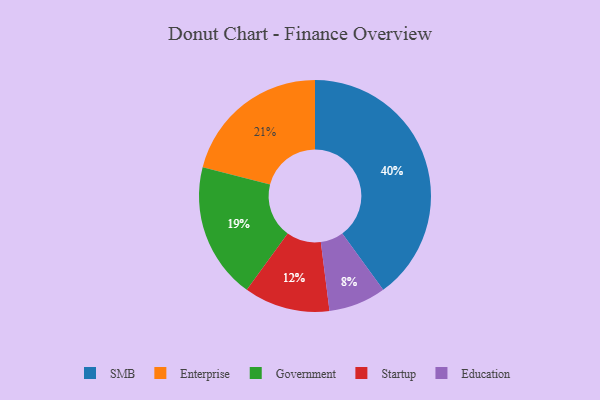
{"axis": {"x": "Category", "y": "Percentage"}, "legend": ["Education", "Enterprise", "Government", "SMB", "Startup"], "data": [{"x": "Government", "y": 19, "type": "Government"}, {"x": "Education", "y": 8, "type": "Education"}, {"x": "SMB", "y": 40, "type": "SMB"}, {"x": "Enterprise", "y": 21, "type": "Enterprise"}, {"x": "Startup", "y": 12, "type": "Startup"}]}